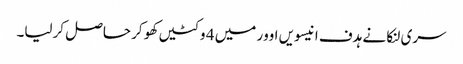
سری لنکا نے ہدف انیسویں اوور میں 4 وکٹیں کھو کر حاصل کرلیا۔